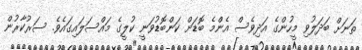
ތަނަށް ބަދަލުވި މީހުންގެ އަދިވެސް އެންމެ ބޮޑަށް ކަންބޮޑުވަނީ ކުލީގެ މައްސަލައިގައެވެ. ސަރުކާރުން